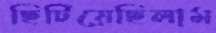
ছিটিয়েছিলাম